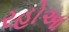
રહોઆ